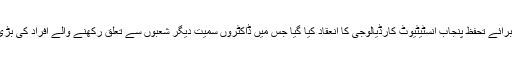
اس سے قبل مارچ برائے تحفظ پنجاب انسٹیٹیوٹ کارڈیالوجی کا انعقاد کیا گیا جس میں ڈاکٹروں سمیت دیگر شعبوں سے تعلق رکھنے والے افراد کی بڑی تعداد موجود تھی۔